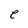
Character: e